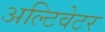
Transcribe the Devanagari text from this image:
अल्टिवेटर